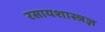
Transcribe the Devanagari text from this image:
रसायशास्त्रज्ञ